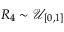
R _ { 4 } \sim \mathcal { U } _ { [ 0 , 1 ] }